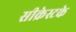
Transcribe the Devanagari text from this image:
सीक्रेस्टके